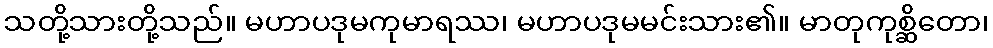
သတို့သားတို့သည်။ မဟာပဒုမကုမာရဿ၊ မဟာပဒုမမင်းသား၏။ မာတုကုစ္ဆိတော၊